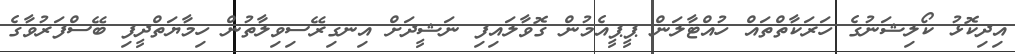
އިދިކޮޅު ކޯލިޝަނުގެ ހަރަކާތްތައް ހުއްޓާލަން ޕީޕީއެމުން ގޮވާލައިފި ނަޝީދަށް އިނގިރޭސިވިލާތުން ހިމާޔަތްދީފި ބޭސްފަރުވާގެ